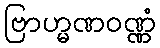
ဗြာဟ္မဏဝဏ္ဏံ